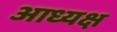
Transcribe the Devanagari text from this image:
आध्यक्ष